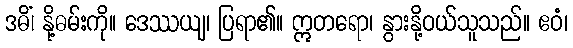
ဒဓိံ၊ နို့ဓမ်းကို။ ဒေဿယျ၊ ပြရာ၏။ ဣတရော၊ နွားနို့ဝယ်သူသည်။ ဧဝံ၊